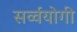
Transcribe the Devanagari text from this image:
सर्व्वयोगी